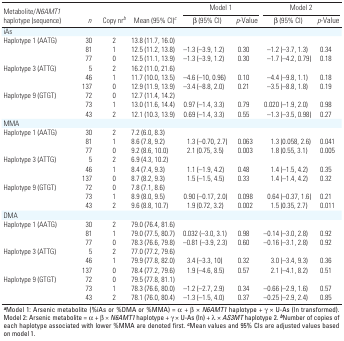
<table><thead><tr><td rowspan="2"><b>Metabolite/<i>N6AMT1</i> haplo­type (sequence)</b></td><td rowspan="2"><b><i>n</i></b></td><td rowspan="2"><b>Copy nr<sup><i>b</i></sup></b></td><td rowspan="2"><b>Mean (95%CI)<sup><i>c</i></sup></b></td><td colspan="2"><b>Model 1</b></td><td colspan="2"><b>Model 2</b></td></tr><tr><td><b>β (95%CI)</b></td><td><b><i>p</i>-Value</b></td><td><b>β (95%CI)</b></td><td><b><i>p</i>-Value</b></td></tr></thead><tbody><tr><td>iAs</td></tr><tr><td>Haplo­type 1 (AATG)</td><td>30</td><td>2</td><td>13.8 (11.7, 16.0)</td></tr><tr><td></td><td>81</td><td>1</td><td>12.5 (11.2, 13.8)</td><td>–1.3 (–3.9, 1.2)</td><td>0.30</td><td>–1.2 (–3.7, 1.3)</td><td>0.34</td></tr><tr><td></td><td>77</td><td>0</td><td>12.5 (11.1, 13.9)</td><td>–1.3 (–3.9, 1.2)</td><td>0.30</td><td>–1.7 (–4.2, 0.79)</td><td>0.18</td></tr><tr><td>Haplo­type 3 (ATTG)</td><td>5</td><td>2</td><td>16.2 (11.0, 21.6)</td></tr><tr><td></td><td>46</td><td>1</td><td>11.7 (10.0, 13.5)</td><td>–4.6 (–10, 0.96)</td><td>0.10</td><td>–4.4 (–9.8, 1.1)</td><td>0.18</td></tr><tr><td></td><td>137</td><td>0</td><td>12.9 (11.9, 13.9)</td><td>–3.4 (–8.8, 2.0)</td><td>0.21</td><td>–3.5 (–8.8, 1.8)</td><td>0.19</td></tr><tr><td>Haplo­type 9 (GTGT)</td><td>72</td><td>0</td><td>12.7 (11.4, 14.2)</td></tr><tr><td></td><td>73</td><td>1</td><td>13.0 (11.6, 14.4)</td><td>0.97 (–1.4, 3.3)</td><td>0.79</td><td>0.020 (–1.9, 2.0)</td><td>0.98</td></tr><tr><td></td><td>43</td><td>2</td><td>12.1 (10.3, 13.9)</td><td>0.69 (–1.4, 3.3)</td><td>0.55</td><td>–1.3 (–3.5, 0.98)</td><td>0.27</td></tr><tr><td>MMA</td></tr><tr><td>Haplo­type 1 (AATG)</td><td>30</td><td>2</td><td>7.2 (6.0, 8.3)</td></tr><tr><td></td><td>81</td><td>1</td><td>8.6 (7.8, 9.2)</td><td>1.3 (–0.70, 2.7)</td><td>0.063</td><td>1.3 (0.058, 2.6)</td><td>0.041</td></tr><tr><td></td><td>77</td><td>0</td><td>9.2 (8.6, 10.0)</td><td>2.1 (0.75, 3.5)</td><td>0.003</td><td>1.8 (0.55, 3.1)</td><td>0.005</td></tr><tr><td>Haplo­type 3 (ATTG)</td><td>5</td><td>2</td><td>6.9 (4.3, 10.2)</td></tr><tr><td></td><td>46</td><td>1</td><td>8.4 (7.4, 9.3)</td><td>1.1 (–1.9, 4.2)</td><td>0.48</td><td>1.4 (–1.5, 4.2)</td><td>0.35</td></tr><tr><td></td><td>137</td><td>0</td><td>8.7 (8.2, 9.3)</td><td>1.5 (–1.5, 4.5)</td><td>0.33</td><td>1.4 (–1.4, 4.2)</td><td>0.32</td></tr><tr><td>Haplo­type 9 (GTGT)</td><td>72</td><td>0</td><td>7.8 (7.1, 8.6)</td></tr><tr><td></td><td>73</td><td>1</td><td>8.9 (8.0, 9.5)</td><td>0.90 (–0.17, 2.0)</td><td>0.098</td><td>0.64 (–0.37, 1.6)</td><td>0.21</td></tr><tr><td></td><td>43</td><td>2</td><td>9.6 (8.8, 10.7)</td><td>1.9 (0.72, 3.2)</td><td>0.002</td><td>1.5 (0.35, 2.7)</td><td>0.011</td></tr><tr><td>DMA</td></tr><tr><td>Haplo­type 1 (AATG)</td><td>30</td><td>2</td><td>79.0 (76.4, 81.6)</td></tr><tr><td></td><td>81</td><td>1</td><td>79.0 (77.5, 80.7)</td><td>0.032 (–3.0, 3.1)</td><td>0.98</td><td>–0.14 (–3.0, 2.8)</td><td>0.92</td></tr><tr><td></td><td>77</td><td>0</td><td>78.3 (76.6, 79.8)</td><td>–0.81 (–3.9, 2.3)</td><td>0.60</td><td>–0.16 (–3.1, 2.8)</td><td>0.92</td></tr><tr><td>Haplo­type 3 (ATTG)</td><td>5</td><td>2</td><td>77.0 (77.2, 79.6)</td></tr><tr><td></td><td>46</td><td>1</td><td>79.9 (77.8, 82.0)</td><td>3.4 (–3.3, 10)</td><td>0.32</td><td>3.0 (–3.4, 9.3)</td><td>0.36</td></tr><tr><td></td><td>137</td><td>0</td><td>78.4 (77.2, 79.6)</td><td>1.9 (–4.6, 8.5)</td><td>0.57</td><td>2.1 (–4.1, 8.2)</td><td>0.51</td></tr><tr><td>Haplo­type 9 (GTGT)</td><td>72</td><td>0</td><td>79.5 (77.8, 81.1)</td></tr><tr><td></td><td>73</td><td>1</td><td>78.3 (76.6, 80.0)</td><td>–1.2 (–2.7, 2.9)</td><td>0.34</td><td>–0.66 (–2.9, 1.6)</td><td>0.57</td></tr><tr><td></td><td>43</td><td>2</td><td>78.1 (76.0, 80.4)</td><td>–1.3 (–1.5, 4.0)</td><td>0.37</td><td>–0.25 (–2.9, 2.4)</td><td>0.85</td></tr><tr><td colspan="8"><sup><i><b>a</b></i></sup>Model 1: Arsenic metabolite (%iAs or %DMA or %MMA)=α+β×<i>N6AMT1</i> haplo­type+γ×U-As (ln transformed). Model2: Arsenic metabolite=α+β×<i>N6AMT1</i> haplo­type+γ×U-As (ln)+λ×<i>AS3MT</i> haplo­type2. <sup><i><b>b</b></i></sup>Number of copies of each haplo­type associated with lower %MMA are denoted first. <sup><i><b>c</b></i></sup>Mean values and 95% CIs are adjusted values based on model1.</td></tr></tbody></table>